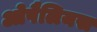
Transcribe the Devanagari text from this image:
ओपैलियस